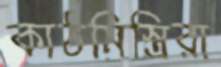
কাঠমিস্ত্রিরা